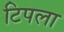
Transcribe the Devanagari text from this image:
टिपला